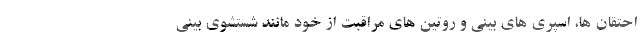
احتقان ها، اسپری های بینی و روتین های مراقبت از خود مانند شستشوی بینی